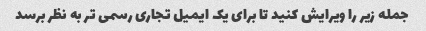
جمله زیر را ویرایش کنید تا برای یک ایمیل تجاری رسمی تر به نظر برسد